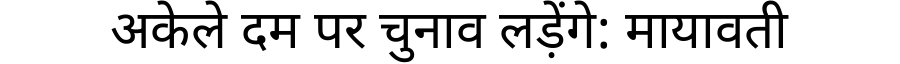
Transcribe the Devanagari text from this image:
अकेले दम पर चुनाव लड़ेंगे: मायावती